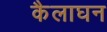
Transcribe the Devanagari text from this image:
कैलाघन